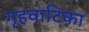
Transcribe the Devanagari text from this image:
गृहवाटिका